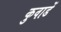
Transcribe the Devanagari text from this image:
कुवाडें